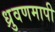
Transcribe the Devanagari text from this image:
ध्रुवणमापी